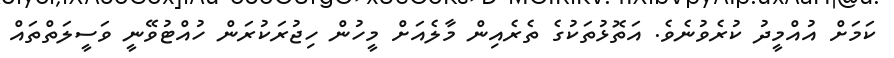
ކަމަށް އުއްމީދު ކުރެވުނެވެ. އަތޮޅުތަކުގެ ތެރެއިން މާލެއަށް މީހުން ހިޖުރަކުރަން ހުއްޓުވޭނީ ވަސީލަތްތައް